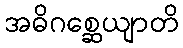
အဓိဂစ္ဆေယျာတိ